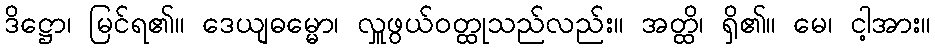
ဒိဋ္ဌော၊ မြင်ရ၏။ ဒေယျဓမ္မော၊ လှူဖွယ်ဝတ္ထုသည်လည်း။ အတ္ထိ၊ ရှိ၏။ မေ၊ ငါ့အား။